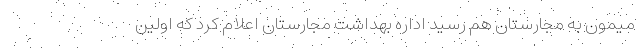
میمون به مجارستان هم رسید اداره بهداشت مجارستان اعلام کرد که اولین